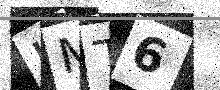
Text: LMT6